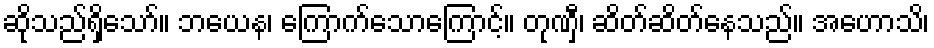
ဆိုသည်ရှိသော်။ ဘယေန၊ ကြောက်သောကြောင့်။ တုဏှီ၊ ဆိတ်ဆိတ်နေသည်။ အဟောသိ၊